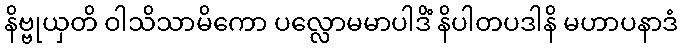
နိဗ္ဗုယှတိ ဝါသိသာမိကော ပလ္လောမမာပါဒိံ နိပါတပဒါနိ မဟာပနာဒံ